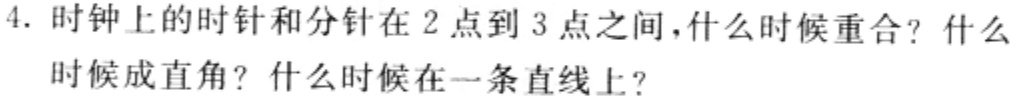
4. 时钟上的时针和分针在2点到3点之间，什么时候重合？什么时候成直角？什么时候在一条直线上？